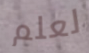
لعلم